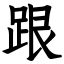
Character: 跟